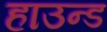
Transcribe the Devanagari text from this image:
हाउन्ड